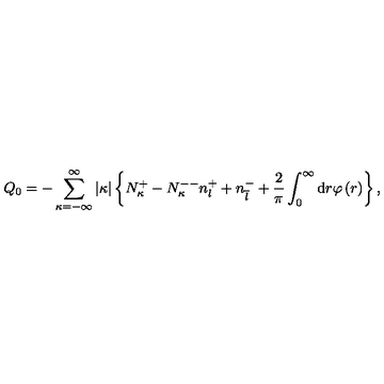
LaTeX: Q _ { 0 } = - \sum _ { \kappa = - \infty } ^ { \infty } \vert \kappa \vert \left\{ N _ { \kappa } ^ { + } - N _ { \kappa } ^ { -- } n _ { l } ^ { + } + n _ { \overline { l } } ^ { - } + \frac { 2 } { \pi } \int _ { 0 } ^ { \infty } \mathrm { d } r \varphi \left( r \right) \right\} ,